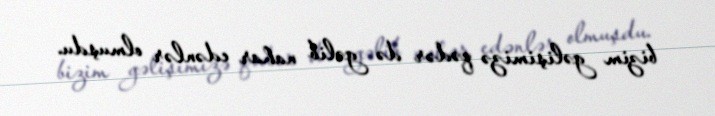
bizim gəlişimizə qədər də gəlib nahar edənlər olmuşdu.